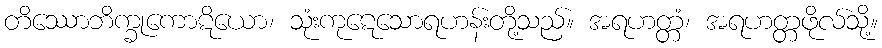
တိဿောဘိက္ခုကောဋိယော၊ သုံးကုဋေသောရဟန်းတို့သည်။ အရဟတ္တံ၊ အရဟတ္တဖိုလ်သို့။